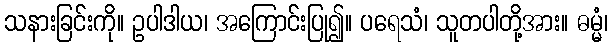
သနားခြင်းကို။ ဥပါဒါယ၊ အကြောင်းပြု၍။ ပရေသံ၊ သူတပါတို့အား။ ဓမ္မံ၊